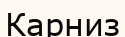
Карниз